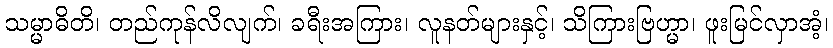
သမ္မာဓိတိ၊ တည်ကုန်လိလျက်၊ ခရီးအကြား၊ လူနတ်များနှင့်၊ သိကြားဗြဟ္မာ၊ ဖူးမြင်လှာအံ့၊